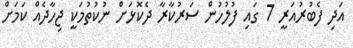
އަދި ފެބުރުއަރީ 7 ގައި ފުލުހުން ސަރުކާރާ ދެކޮޅަށް ނުކުތުމަކީ ޖިހާދެއް ކަމަށް